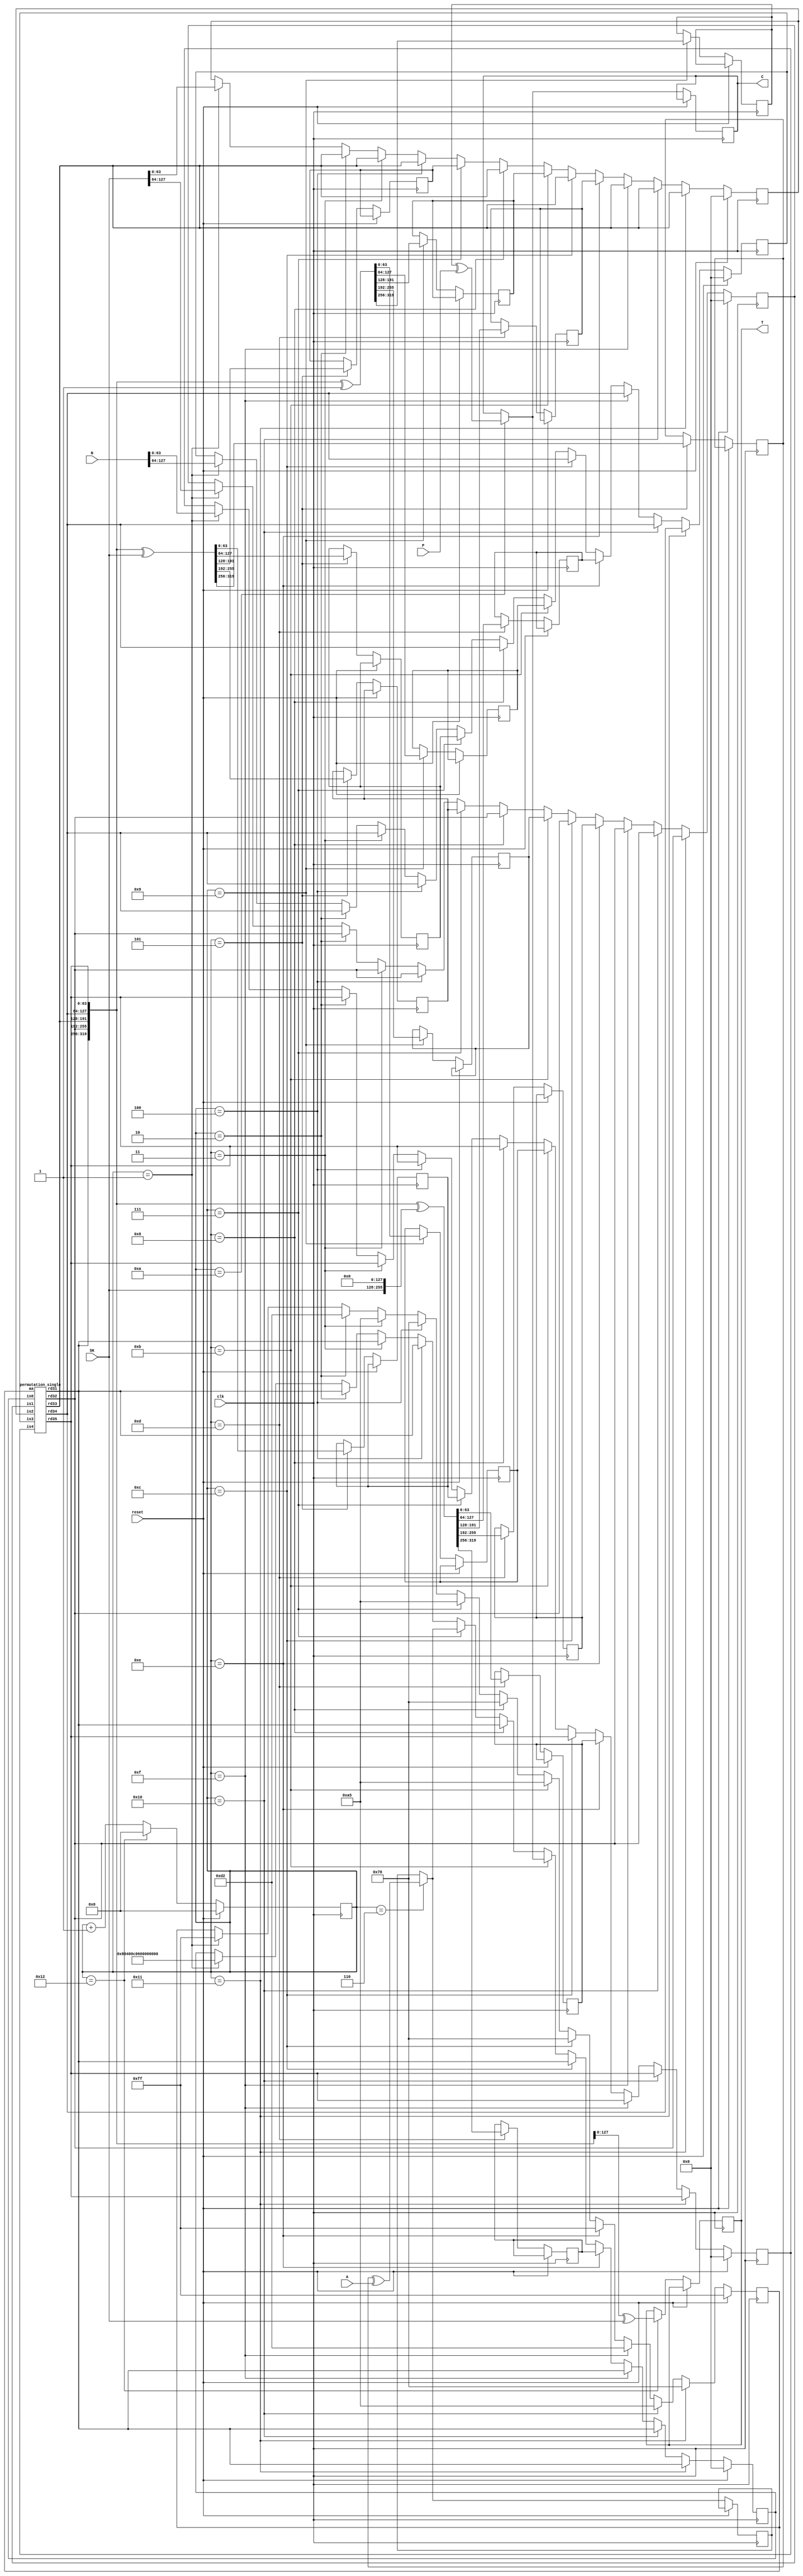
`timescale 1ns / 1ps
//!
//! **PROJECT:**             Lightweight Ascon
//!
//! **LANGUAGE:**            Verilog
//!
//! **FILE:**                encrypt_3blocks_128
//!
//! **AUTHOR(S):**
//!
//!   - Kashif Inayat      - kashif.inayat@inu.ac.kr
//!   - SafiUllah Khan     - safi.jadoon@live.com
//!
//! **CONTRIBUTORS:**
//!
//!   - Fahad Bin Muslim   - fahadbinmuslim@gmail.com
//!
//! **REVISION:**
//!   * 0.0.1 - Initial release. 2024-05-27
//!
//!
//! | Doc | Schematic | TB | ASRT |Params. Val.| Synthesis test| Unify Interface| Functional Model |
//! |-----|-----------|----|------|------------|---------------|----------------|------------------|
//! |    |          |   |     |           |              |               |                 |
module encrypt_3blocks_128 (SK, N, A, P, clk, reset, C, T

    );
    
    input  [127:0] SK, N;
    input  [63:0] A;
    input  [63:0] P;
    input  clk, reset;

    output reg [63:0] C;
    output reg [127:0] T;

    wire [63:0] IV;

    wire [63:0] s11, s12, s13, s14, s15;
    reg [63:0] s21, s22, s23, s24, s25;
    reg [63:0] s31, s32, s33, s34, s35;
    reg [63:0] s41, s42, s43, s44, s45;

    reg  [63:0] i0, i1, i2, i3, i4;
    reg  [7:0] a;
    wire [63:0] o0, o1, o2, o3, o4;
    wire [63:0] s0, s1, s2, s3, s4;
    reg  [5:0] count;
    reg [63:0] t21;

reg [63:0] r10, r11, r12, r13, r14;

assign IV = 64'h80400c0600000000;

assign {s11, s12, s13, s14, s15} = {IV, SK, N};

    permutation_single p1 (i0, i1, i2, i3, i4, a, o0, o1, o2, o3, o4);

    assign s0 = o0;
    assign s1 = o1;
    assign s2 = o2;
    assign s3 = o3;
    assign s4 = o4;

        always @(posedge clk)
        begin
                if (reset)
                begin
                count <= 0;
                i0 <= 64'd0;
                i1 <= 64'd0;
                i2 <= 64'd0;
                i3 <= 64'd0;
                i4 <= 64'd0;
                a <= 8'hff;
                end
        else begin
                if (count == 1)
                begin
                i0 <= s11;
                i1 <= s12;
                i2 <= s13;
                i3 <= s14;
                i4 <= s15;
                a <= 8'hff;
                end
                if (count == 2)
                begin
                i0 <= s0;
                i1 <= s1;
                i2 <= s2;
                i3 <= s3;
                i4 <= s4;
                a <= 8'hd2;
                end
                if (count == 3)
                begin
                i0<=s0;
                i1<=s1;
                i2<=s2;
                i3<=s3;
                i4<=s4;
                a <= 8'ha5;
                end
                if (count == 4)
                begin
                i0 <= s0;
                i1 <= s1;
                i2 <= s2;
                i3 <= s3;
                i4 <= s4;
                a <= 8'h78;
                end
                
                        if (count == 5)
                        begin
                        {s21, s22, s23, s24, s25} <= {s0, s1, s2, s3, s4} ^ {192'b00, SK};
                        end
                        
                        if (count == 6)
                        begin
                        t21 = s21 ^ A;
                        end
                        
                        if (count == 7)
                        begin
                        i0<=t21;
                        i1<=s22;
                        i2<=s23;
                        i3<=s24;
                        i4<=s25;
                        a <= 8'ha5;
                        end
                        if (count == 8)
                        begin
                        i0 <= s0;
                        i1 <= s1;
                        i2 <= s2;
                        i3 <= s3;
                        i4 <= s4;
                        a <= 8'h78;
                        end
                        
                                if (count == 9)
                                begin
                                {s31, s32, s33, s34, s35} <= {s0, s1, s2, s3, s4} ^ {319'h0, 1'h1};
                                end
                                if (count == 10)
                                begin
                                C = s31 ^ P;
                                end
                                
                                    if (count == 11)
                                    begin
                                    i0<=C;
                                    i1<=s32;
                                    i2<=s33;
                                    i3<=s34;
                                    i4<=s35;
                                    a <= 8'ha5;
                                    end
                                    if (count == 12)
                                    begin
                                    i0 <= s0;
                                    i1 <= s1;
                                    i2 <= s2;
                                    i3 <= s3;
                                    i4 <= s4;
                                    a <= 8'h78;
                                    end
                                    
                            if (count == 13)
                            begin
                            {s41, s42, s43, s44, s45} <= {s0, s1, s2, s3, s4} ^ {64'h0, SK, 128'h0};
                            end
                            if (count == 14)
                            begin
                            i0<=s41;
                            i1<=s42;
                            i2<=s43;
                            i3<=s44;
                            i4<=s45;
                            a <= 8'hff;
                            end
                            if (count == 15)
                            begin
                            i0 <= s0;
                            i1 <= s1;
                            i2 <= s2;
                            i3 <= s3;
                            i4 <= s4;
                            a <= 8'hd2;
                            end
                            if (count == 16)
                            begin
                            i0<=s0;
                            i1<=s1;
                            i2<=s2;
                            i3<=s3;
                            i4<=s4;
                            a <= 8'ha5;
                            end
                            if (count == 17)
                            begin
                            i0 <= s0;
                            i1 <= s1;
                            i2 <= s2;
                            i3 <= s3;
                            i4 <= s4;
                            a <= 8'h78;
                            end
                            
                            if (count == 18)
                            begin
                            T <= {s3, s4} ^ SK;
                            count <= 0;
                            end
                            else
                            count <= count+1;
                            end
                            end
                            endmodule

//////////////////////////////////////////////////////////////////////////////

module permutation_single(
           is0, is1, is2, is3, is4, aa,
           rd31, rd32, rd33, rd34, rd35
		   );
		   

input [63:0] is0, is1, is2, is3, is4;
input [7:0] aa;

wire [63:0] add1, add2, add3;

wire [63:0] rs11, rs12, rs13, rs14, rs15;
wire [63:0] rd11, rd12, rd13, rd14, rd15;

wire [63:0] rs21, rs22, rs23, rs24, rs25;
wire [63:0] rd21, rd22, rd23, rd24, rd25;

wire [63:0] rs31, rs32, rs33, rs34, rs35;
output [63:0] rd31, rd32, rd33, rd34, rd35;




//Round 1

assign add1 = is2 ^ (aa-8'h0f);
substitution_single s1 (is0, is1, add1, is3, is4, rs11, rs12, rs13, rs14, rs15);
diffusion_single d1 (rs11, rs12, rs13, rs14, rs15, rd11, rd12, rd13, rd14, rd15);


//Round 2

assign add2 = rd13 ^ (aa-8'h1e);
substitution_single s2 (rd11, rd12, add2, rd14, rd15, rs21, rs22, rs23, rs24, rs25);
diffusion_single d2 (rs21, rs22, rs23, rs24, rs25, rd21, rd22, rd23, rd24, rd25);

//Round 3
assign add3 = rd23 ^ (aa-8'h2d);
substitution_single s3 (rd21, rd22, add3, rd24, rd25, rs31, rs32, rs33, rs34, rs35);
diffusion_single d3 (rs31, rs32, rs33, rs34, rs35, rd31, rd32, rd33, rd34, rd35);


endmodule


//////////////////////////////////////////////////////////////////////////////////////////////////////////////////////////////////////

module substitution_single(is0, is1, is2, is3, is4, sub3_s0, sub3_s1, sub3_s2, sub3_s3, sub3_s4
    );
    
    input [63:0] is0, is1, is2, is3, is4;
    output [63:0] sub3_s0, sub3_s1, sub3_s2, sub3_s3, sub3_s4;
    
    //--------- Substitution_1
wire [63:0] sub1_s [0:4];

assign sub1_s[0] = is0 ^ is4;
assign sub1_s[1] = is1;
assign sub1_s[2] = is1 ^ is2;
assign sub1_s[3] = is3;
assign sub1_s[4] = is3 ^ is4;


//--------- Substitution_2
wire [63:0] Tval [0:4];
assign Tval[0] = (sub1_s[0] ^ 64'hffffffffffffffff) & sub1_s[1];
assign Tval[1] = (sub1_s[1] ^ 64'hffffffffffffffff) & sub1_s[2];
assign Tval[2] = (sub1_s[2] ^ 64'hffffffffffffffff) & sub1_s[3];
assign Tval[3] = (sub1_s[3] ^ 64'hffffffffffffffff) & sub1_s[4];
assign Tval[4] = (sub1_s[4] ^ 64'hffffffffffffffff) & sub1_s[0];

wire [63:0] sub2_s [0:4];
assign sub2_s[0] = Tval[1] ^ sub1_s[0];
assign sub2_s[1] = Tval[2] ^ sub1_s[1];
assign sub2_s[2] = Tval[3] ^ sub1_s[2];
assign sub2_s[3] = Tval[4] ^ sub1_s[3];
assign sub2_s[4] = Tval[0] ^ sub1_s[4];

//--------- Substitution_3

assign sub3_s0 = sub2_s[0] ^ sub2_s[4];
assign sub3_s1 = sub2_s[1] ^ sub2_s[0];
assign sub3_s2 = sub2_s[2] ^ 64'hFFFFFFFFFFFFFFFF;
assign sub3_s3 = sub2_s[3] ^ sub2_s[2];
assign sub3_s4 = sub2_s[4];
endmodule
/////////////////////////////////////////////////////////////////////////////////////////////

module diffusion_single(sub3_s0, sub3_s1, sub3_s2, sub3_s3, sub3_s4, ose0, ose1, ose2, ose3, ose4

    );
    
    input [63:0] sub3_s0, sub3_s1, sub3_s2, sub3_s3, sub3_s4;
    output [63:0] ose0, ose1, ose2, ose3, ose4; 
    
    
assign ose0 = sub3_s0 ^ ( {sub3_s0[18:0],sub3_s0[63:19]} ^ {sub3_s0[27:0],sub3_s0[63:28]} );
assign ose1 = sub3_s1 ^ ( {sub3_s1[60:0],sub3_s1[63:61]} ^ {sub3_s1[38:0],sub3_s1[63:39]} );
assign ose2 = sub3_s2 ^ ( {sub3_s2[0000],sub3_s2[63:01]} ^ {sub3_s2[05:0],sub3_s2[63:06]} );
assign ose3 = sub3_s3 ^ ( {sub3_s3[09:0],sub3_s3[63:10]} ^ {sub3_s3[16:0],sub3_s3[63:17]} );
assign ose4 = sub3_s4 ^ ( {sub3_s4[06:0],sub3_s4[63:07]} ^ {sub3_s4[40:0],sub3_s4[63:41]} );
endmodule